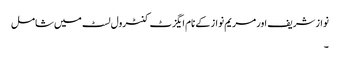
نواز شریف اور مریم نواز کے نام ایگزٹ کنٹرول لسٹ میں شامل
۔